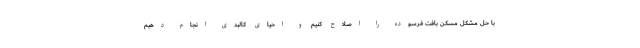
با حل مشکل مسکن بافت فرسوده را اصلاح کنیم و احیای کالبدی انجام دهیم